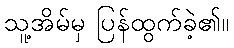
သူ့အိမ်မှ ပြန်ထွက်ခဲ့၏။